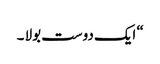
“ ایک دوست بولا ۔